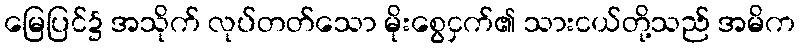
မြေပြင်၌ အသိုက် လုပ်တတ်သော မိုးစွေငှက်၏ သားငယ်တို့သည် အမိက